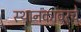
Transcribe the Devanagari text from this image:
स्थानकावरचे